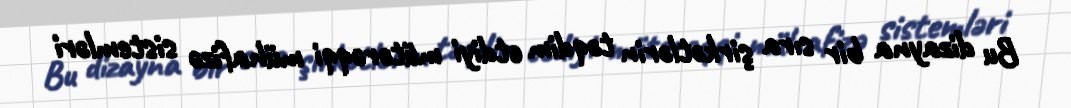
Bu dizayna bir sıra şirkətlərin təqdim etdiyi mütərəqqi mühafizə sistemləri